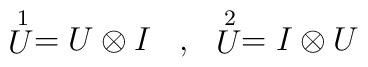
\begin{array}{cc} \stackrel{1}{U} = U \otimes I \;\;\;   ,  & \stackrel{2}{U} = I\otimes U  \end{array}